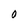
Character: O